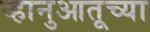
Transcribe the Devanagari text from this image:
व्हानुआतूच्या